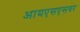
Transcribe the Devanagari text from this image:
आयएसएसवर